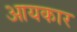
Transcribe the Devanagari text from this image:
आयकार